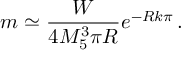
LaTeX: m \simeq \frac { W } { 4 M _ { 5 } ^ { 3 } \pi R } e ^ { - R k \pi } \, .